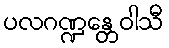
ပလဂဏ္ဍန္တေဝါသီ